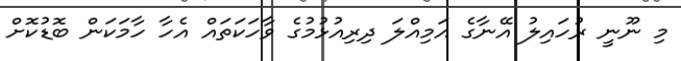
މި ނޫނީ ރުހައިލު އޭނާގެ އަމިއްލަ ދިރިއުޅުމުގެ ވާހަކަތައް އެހާ ހާމަކަން ބޮޑުކޮށް